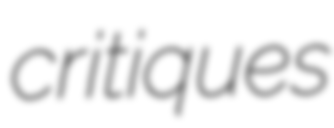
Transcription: critiques